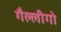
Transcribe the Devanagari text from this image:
गैल्लीगो